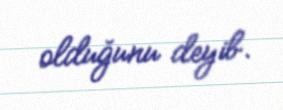
olduğunu deyib.